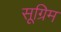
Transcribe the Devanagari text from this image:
सूग्रिम